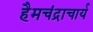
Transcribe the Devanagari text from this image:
हैमचंद्राचार्य